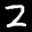
Label: 2